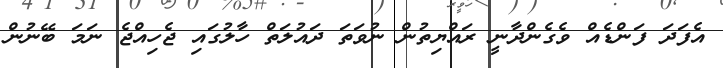
އެފަދަ ފަންޑެއް ވެގެންދާނީ ރައްޔިތުން ނުވަތަ ދައުލަތް ހާލުގައި ޖެހިއްޖެ ނަމަ ބޭނުން